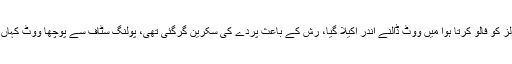
چیئرمین تحریک انصاف کی جانب سے کہا گیا ہے کہ تمام رولز کو فالو کرتا ہوا میں ووٹ ڈالنے اندر اکیلا گیا، رش کے باعث پردے کی سکرین گرگئی تھی، پولنگ سٹاف سے پوچھا ووٹ کہاں ڈالوں تو سٹاف نے کہا ٹیبل پر بیلٹ پیپر رکھ کر کاسٹ کردیں۔